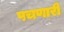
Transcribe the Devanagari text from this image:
पचणारी